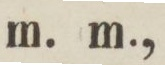
m. m.,